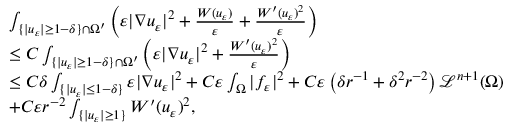
\begin{array} { r l } & { \int _ { \{ | u _ { \varepsilon } | \geq 1 - \delta \} \cap \Omega ^ { \prime } } \left( \varepsilon | \nabla u _ { \varepsilon } | ^ { 2 } + \frac { W ( u _ { \varepsilon } ) } { \varepsilon } + \frac { W ^ { \prime } ( u _ { \varepsilon } ) ^ { 2 } } { \varepsilon } \right) } \\ & { \leq C \int _ { \{ | u _ { \varepsilon } | \geq 1 - \delta \} \cap \Omega ^ { \prime } } \left( \varepsilon | \nabla u _ { \varepsilon } | ^ { 2 } + \frac { W ^ { \prime } ( u _ { \varepsilon } ) ^ { 2 } } { \varepsilon } \right) } \\ & { \leq C \delta \int _ { \{ | u _ { \varepsilon } | \leq 1 - \delta \} } \varepsilon | \nabla u _ { \varepsilon } | ^ { 2 } + C \varepsilon \int _ { \Omega } | f _ { \varepsilon } | ^ { 2 } + C \varepsilon \left( \delta r ^ { - 1 } + \delta ^ { 2 } r ^ { - 2 } \right) \mathcal L ^ { n + 1 } ( \Omega ) } \\ & { + C \varepsilon r ^ { - 2 } \int _ { \{ | u _ { \varepsilon } | \geq 1 \} } W ^ { \prime } ( u _ { \varepsilon } ) ^ { 2 } , } \end{array}